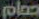
حمام